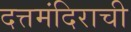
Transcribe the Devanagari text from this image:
दत्तमंदिराची